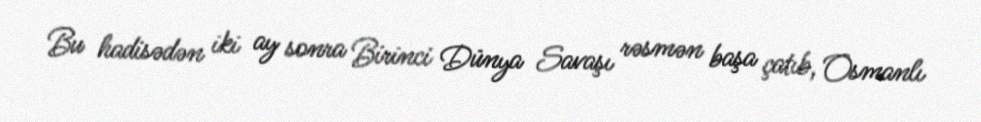
Bu hadisədən iki ay sonra Birinci Dünya Savaşı rəsmən başa çatıb, Osmanlı